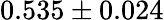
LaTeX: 0.535\pm 0.024